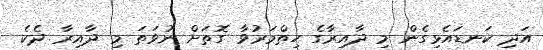
އަދި ކަނޑައެޅިގެން މި ދާއިރާގެ ހިތްމަރުވާ ގޮތަށް ނުވަތަ މި ދާއިރާ ދެކެ